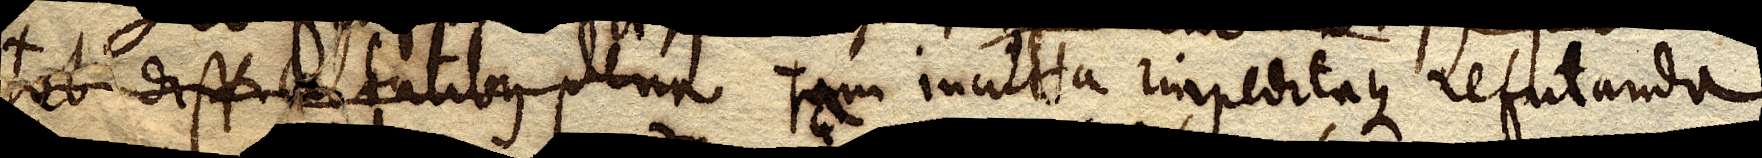
tur difficultatibus plena tam inculta impeditaque refutanda